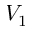
V _ { 1 }